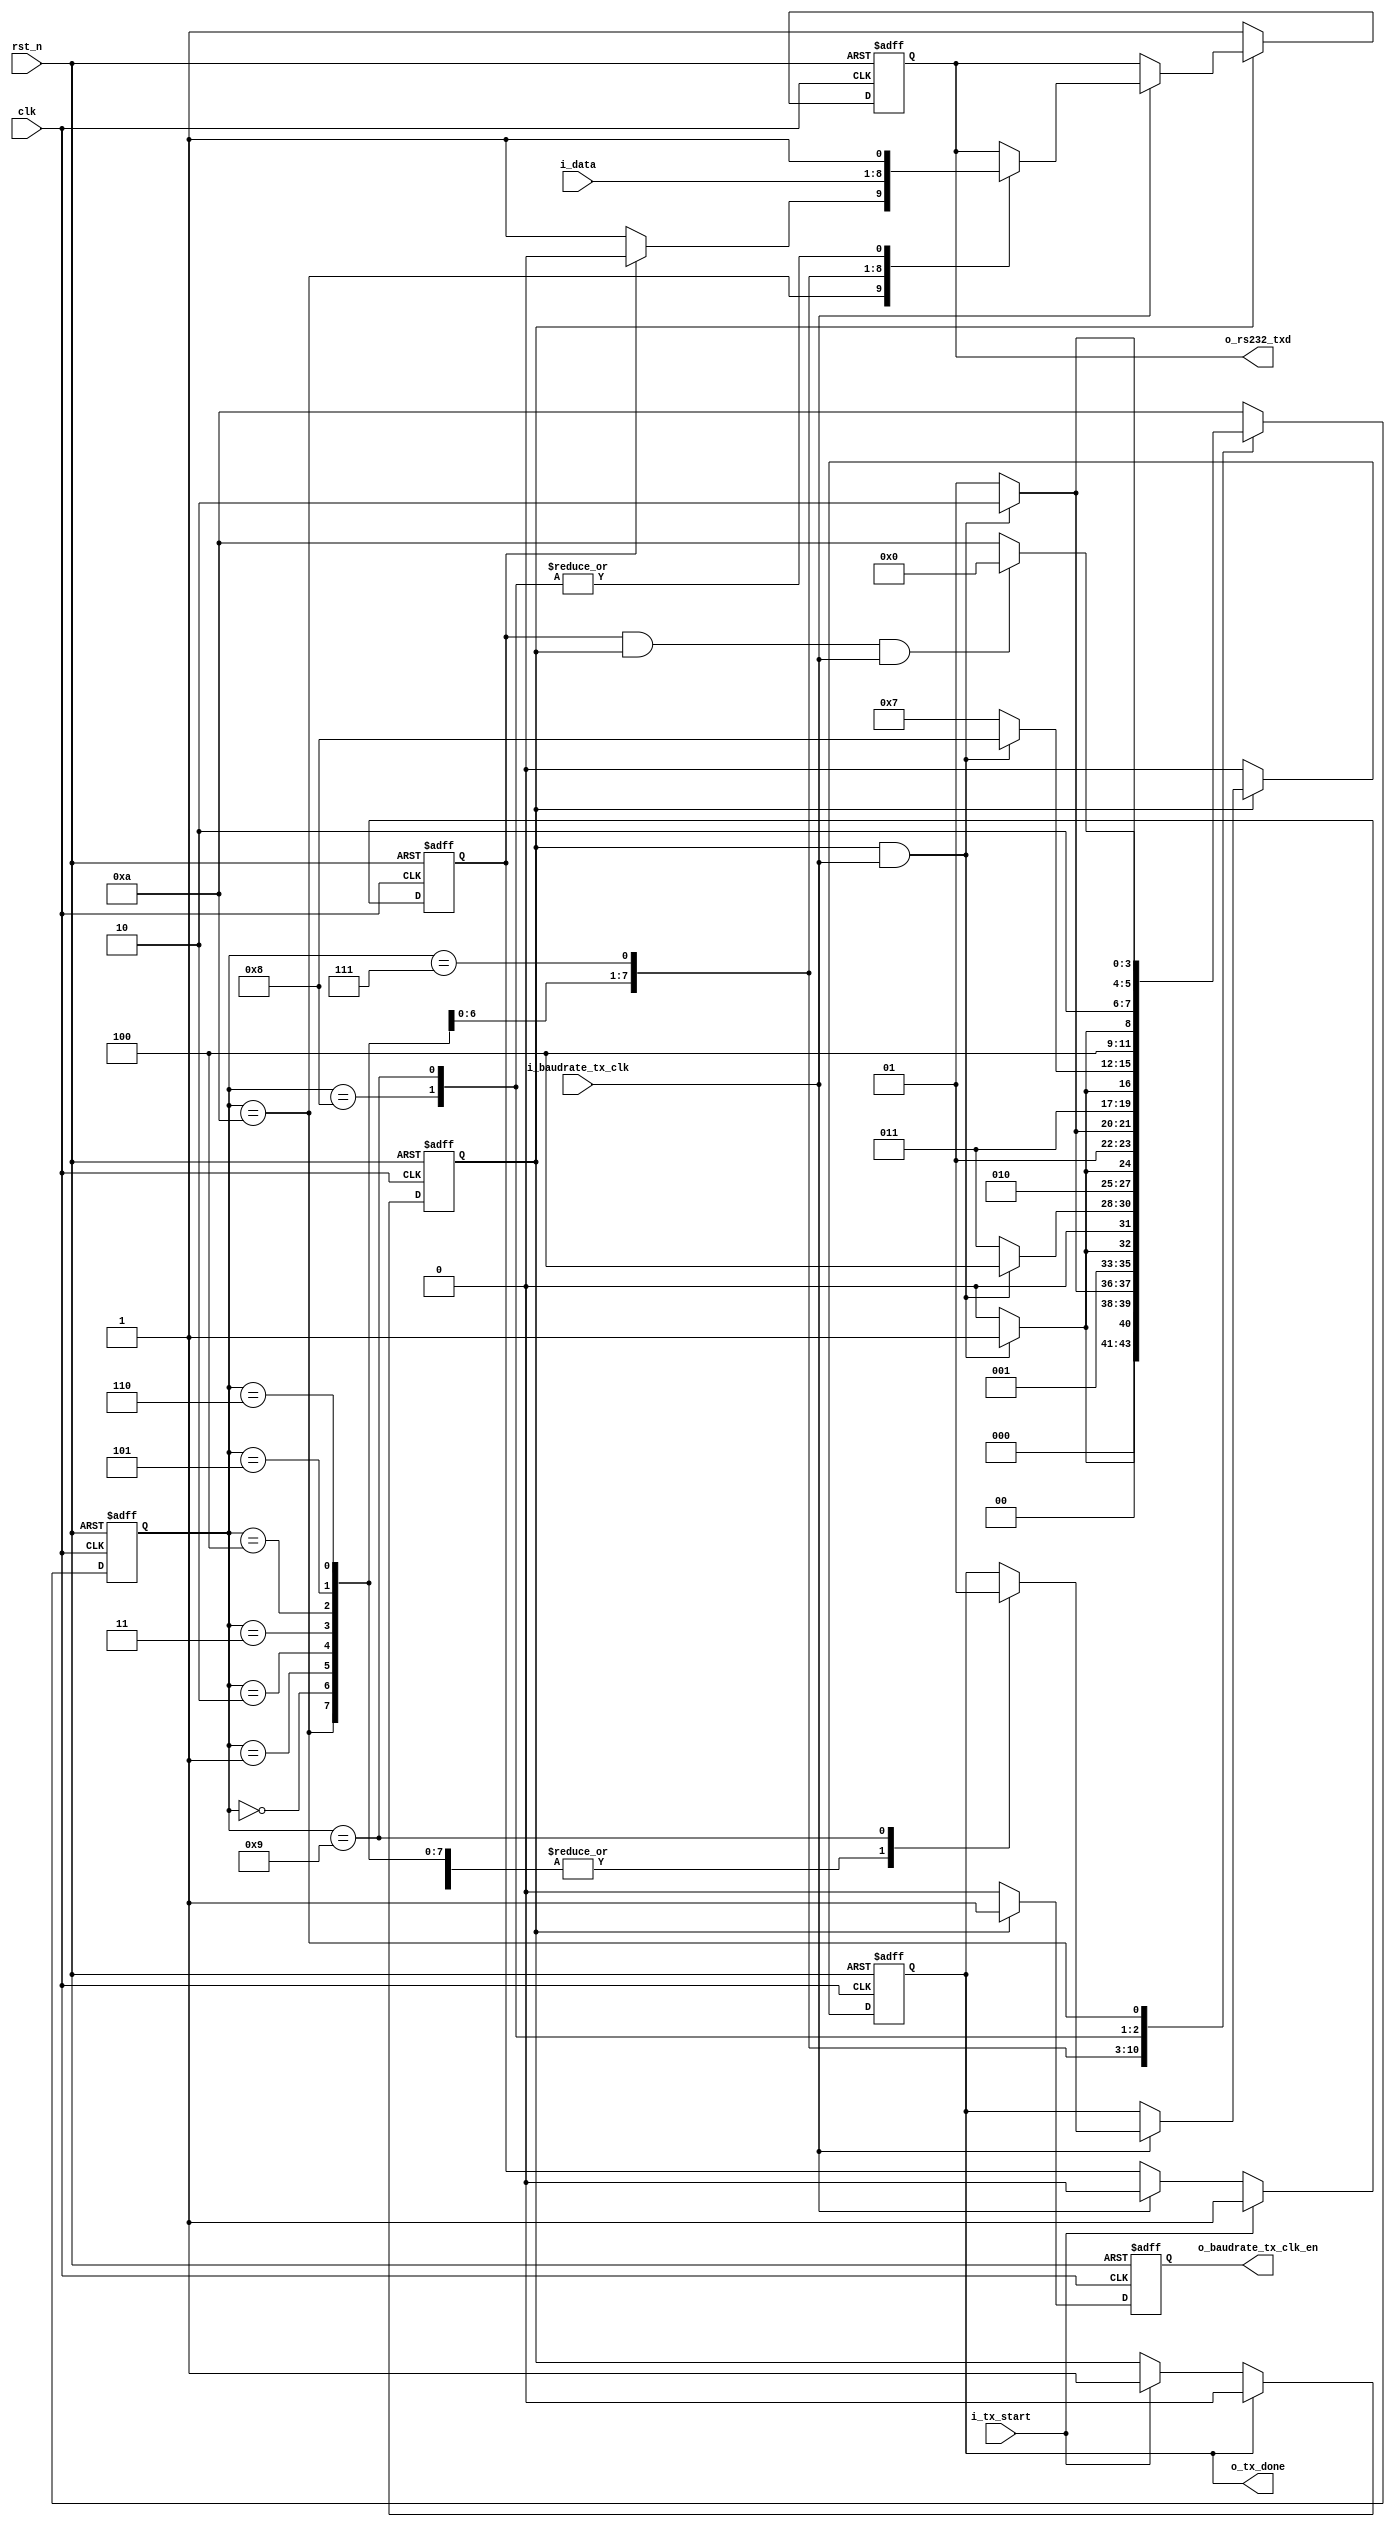
//############################################################################
//++++++++++++++++++++++++++++++++++++++++++++++++++++++++++++++++++++++++++++
//   Module Name : uart_txd
//++++++++++++++++++++++++++++++++++++++++++++++++++++++++++++++++++++++++++++
//############################################################################
module uart_txd( // input
				clk,
				rst_n,
				i_tx_start,
				i_baudrate_tx_clk,
				i_data,
				
				// output
				o_rs232_txd,
				o_baudrate_tx_clk_en,
				o_tx_done
				);
				
//================================================================
//  INPUT AND OUTPUT DECLARATION                         
//================================================================		
input  clk;					        // sys_clk
input  rst_n;					    // sys_rst_n
input  i_tx_start;				    // tx signal start enable
input  i_baudrate_tx_clk;		    // tx baud clk
input  [7:0] i_data;			    // transmission data

output reg o_rs232_txd;				// transfer interface
output reg o_baudrate_tx_clk_en;	// tx baud clk enable
output reg o_tx_done;				// data transmission done signal

//================================================================
//  Wires & Registers
//================================================================
reg transmiting; 					// tell the state machine, the data is transmiting
									// do not do anyting in transmiting state.
 
reg tx_start_delay; 				// the i_tx_start bit need to delay to baud clk falling
									// make sure data transfer keep in enable range
 
reg [3:0] curr_state;
reg [3:0] next_state;

//================================================================
//  integer / genvar / parameters
//================================================================
parameter START = 4'd0;
parameter BIT0  = 4'd1;
parameter BIT1  = 4'd2;
parameter BIT2  = 4'd3;
parameter BIT3  = 4'd4;
parameter BIT4  = 4'd5;
parameter BIT5  = 4'd6;
parameter BIT6  = 4'd7;
parameter BIT7  = 4'd8;
parameter STOP  = 4'd9;
parameter IDLE  = 4'd10;

//================================================================
//  transmiting status checking
//================================================================
always @(posedge clk or negedge rst_n) begin
	if(!rst_n)
		transmiting <= 1'b0;
	else if(o_tx_done)
		transmiting <= 1'b0;
	else if(i_tx_start)
		transmiting <= 1'b1;
end

//================================================================
//  start delay bit off signals
//================================================================
always @(posedge clk or negedge rst_n) begin
	if(!rst_n) begin
		tx_start_delay <= 1'b0;
	end
	else if(i_tx_start)begin
		tx_start_delay <= i_tx_start;
	end
	else if(i_baudrate_tx_clk)
		tx_start_delay <= 1'b0;
end

//================================================================
//  FSM
//================================================================
always @(posedge clk or negedge rst_n) begin
	if(!rst_n)
		curr_state <= IDLE;
	else
		curr_state <= next_state;
end

always @(*) begin
	next_state = IDLE;
	case(curr_state)
		START: begin
			if(transmiting && i_baudrate_tx_clk)
				next_state = BIT0;
			else
				next_state = START;
		end
		BIT0: begin
			if(transmiting && i_baudrate_tx_clk)
				next_state = BIT1;
			else
				next_state = BIT0;
		end
		BIT1: begin
			if(transmiting && i_baudrate_tx_clk)
				next_state = BIT2;
			else
				next_state = BIT1;
		end
		BIT2: begin
			if(transmiting && i_baudrate_tx_clk)
				next_state = BIT3;
			else
				next_state = BIT2;
		end
		BIT3: begin
			if(transmiting && i_baudrate_tx_clk)
				next_state = BIT4;
			else
				next_state = BIT3;
		end
		BIT4: begin
			if(transmiting && i_baudrate_tx_clk)
				next_state = BIT5;
			else
				next_state = BIT4;
		end
		BIT5: begin
			if(transmiting && i_baudrate_tx_clk)
				next_state = BIT6;
			else
				next_state = BIT5;
		end
		BIT6: begin
			if(transmiting && i_baudrate_tx_clk)
				next_state = BIT7;
			else
				next_state = BIT6;
		end
		BIT7: begin
			if(transmiting && i_baudrate_tx_clk)
				next_state = STOP;
			else
				next_state = BIT7;
		end
		STOP: begin
			if(transmiting && i_baudrate_tx_clk)
				next_state = IDLE;
			else
				next_state = STOP;
		end
		IDLE: begin
			if(tx_start_delay && transmiting && i_baudrate_tx_clk)
				next_state = START;
			else
				next_state = IDLE;
		end
		default: next_state = IDLE;
	endcase
end

always @(posedge clk or negedge rst_n) begin
	if(!rst_n) begin
		o_rs232_txd          <= 1'b1;
		o_tx_done            <= 1'b0;
		o_baudrate_tx_clk_en <= 1'b0;
	end
	
	else if(transmiting) begin
		o_baudrate_tx_clk_en <= 1'b1; // when i_tx_start enable, then enable the transmiting
		if(i_baudrate_tx_clk) begin
			case(curr_state)
			// becasue curr_state and state will delay 1 cycle
			// make the o_rs232_txd output early 1 cycle  
				IDLE: begin
					if(tx_start_delay) begin
						o_rs232_txd  <= 1'b0;
						o_tx_done    <= 1'b0;
					end
					else begin
						o_rs232_txd  <= 1'b1;
						o_tx_done    <= 1'b0;
					end
				end     
				START: begin
					o_rs232_txd  <= i_data[7];  // uart start bit is 0
					o_tx_done    <= 1'b0;
				end              
				BIT0: begin      
					o_rs232_txd  <= i_data[6];
					o_tx_done    <= 1'b0;
				end              
				BIT1: begin      
					o_rs232_txd  <= i_data[5];
					o_tx_done    <= 1'b0;
				end              
				BIT2: begin      
					o_rs232_txd  <= i_data[4];
					o_tx_done    <= 1'b0;
				end              
				BIT3: begin      
					o_rs232_txd  <= i_data[3];
					o_tx_done    <= 1'b0;
				end              
				BIT4: begin      
					o_rs232_txd  <= i_data[2];
					o_tx_done    <= 1'b0;
				end              
				BIT5: begin      
					o_rs232_txd  <= i_data[1];
					o_tx_done    <= 1'b0;
				end              
				BIT6: begin      
					o_rs232_txd  <= i_data[0];
					o_tx_done    <= 1'b0;
				end              
				BIT7: begin      
					o_rs232_txd  <= 1'b1;
					o_tx_done    <= 1'b0;
				end
				// STOP state have done, then pull the done signals,
				// therefore, do not make early 1 cycle in this state
				STOP: begin      
					o_rs232_txd  <= 1'b1;  // uart stop bit is 1 
					o_tx_done    <= 1'b1;
				end
			endcase
		end
	end
	
	else begin
		o_rs232_txd          <= 1'b1;
		o_tx_done            <= 1'b0;
		o_baudrate_tx_clk_en <= 1'b0; // when data have been transmitted, disable the baud clk enable
	end
end

endmodule